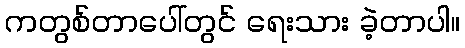
ကတွစ်တာပေါ်တွင် ရေးသား ခဲ့တာပါ။